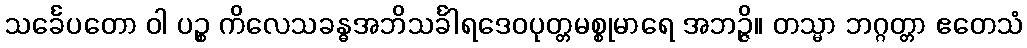
သင်္ခေပတော ဝါ ပဉ္စ ကိလေသခန္ဓအဘိသင်္ခါရဒေဝပုတ္တမစ္စုမာရေ အဘဉ္ဇိ။ တသ္မာ ဘဂ္ဂတ္တာ ဧတေသံ